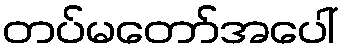
တပ်မတော်အပေါ်